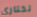
تختاري